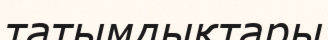
татымдықтары